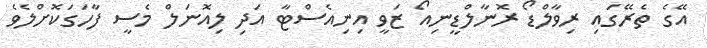
އޭގެ ތެރޭގައި ރިވާލްޑޯ ރޮނާލްޑީނިއޯ ޒަވީ އިނިއެސްޓާ އަދި ލިއޮނަލް މެސީ ފާހަގަކޮށްލެވެ